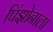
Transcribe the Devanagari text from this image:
पिंझोनाला